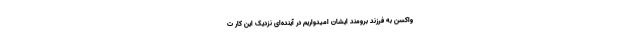
واکسن به فرزند برومند ایشان امیدواریم در آینده‌ای نزدیک این کار ت